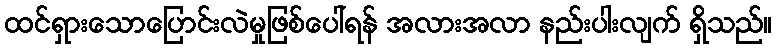
ထင်ရှားသောပြောင်းလဲမှုဖြစ်ပေါ်ရန် အလားအလာ နည်းပါးလျက် ရှိသည်။